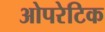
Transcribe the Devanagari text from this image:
ओपरेटिक